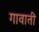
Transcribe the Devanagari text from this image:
गावाती